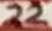
Text: 22